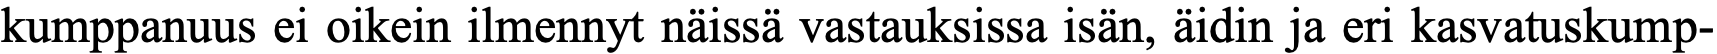
kumppanuus ei oikein ilmennyt näissä vastauksissa isän, äidin ja eri kasvatuskump-